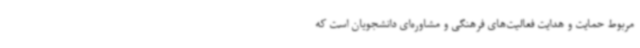
مربوط حمایت و هدایت فعالیت‌های فرهنگی و مشاوره‌ای دانشجویان است که